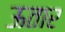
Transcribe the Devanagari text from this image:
ऊतार